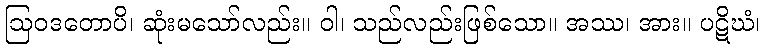
ဩဝဒတောပိ၊ ဆုံးမသော်လည်း။ ဝါ၊ သည်လည်းဖြစ်သော။ အဿ၊ အား။ ပဋိဃံ၊